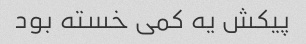
پیکش یه کمی خسته بود